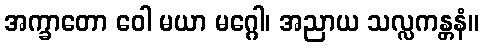
အက္ခာတော ဝေါ မယာ မဂ္ဂေါ၊ အညာယ သလ္လကန္တနံ။